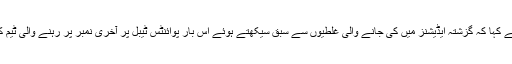
لاہور قلندرز کے کپتان محمد حفیظ نے کہا کہ گزشتہ ایڈیشنز میں کی جانے والی غلطیوں سے سبق سیکھتے ہوئے اس بار پوائنٹس ٹیبل پر آخری نمبر پر رہنے والی ٹیم کا ٹیگ اتارنے کی کوشش کریں گے۔